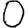
Digit: 0